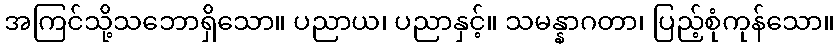
အကြင်သို့သဘောရှိသော။ ပညာယ၊ ပညာနှင့်။ သမန္နာဂတာ၊ ပြည့်စုံကုန်သော။